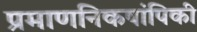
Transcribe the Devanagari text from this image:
प्रमाणनिकषांपिकी